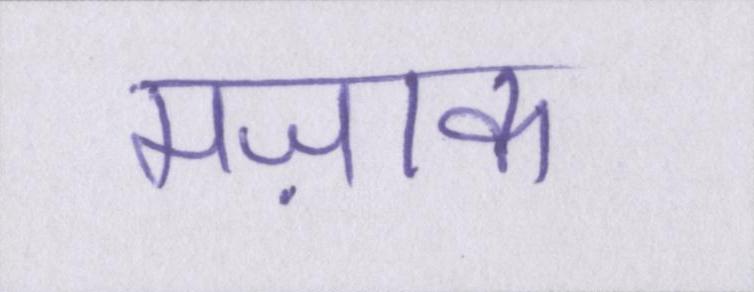
मज़ाक